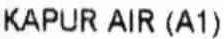
KAPUR AIR (A1)